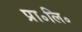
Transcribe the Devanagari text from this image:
प्रा॰लि॰